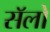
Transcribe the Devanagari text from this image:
सॅलों